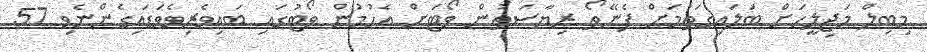
މިބިލް މަޖިލީހަށް ބަލައިގަތުމަށް ފެނޭތޯ ރިޔާސަތުން ވޯޓަށް އެހުމުން ވޯޓުގައި ބައިވެރިވެވަަޑައިގެންނެވި 57